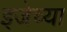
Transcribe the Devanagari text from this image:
इजेच्या